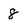
Character: 8